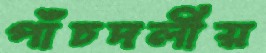
পাঁচদলীয়